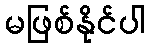
မဖြစ်နိုင်ပါ